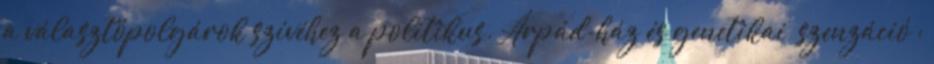
a választópolgárok szívéhez a politikus. Árpád-ház és genetikai „szenzáció”: